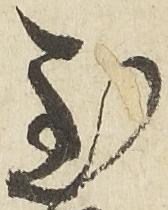
至